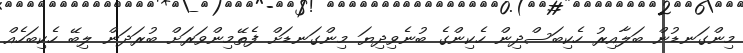
މިންގަނޑުން ބަލާއިރު ހެކިބަސްދިން ހެކިންގެ ބުނެވިދިޔަ މިންގަނޑަށް ފެތޭމިންވަރަށް ބުރަދަން ލިބޭ ހެކިބަހެއް